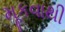
મૂકવાથી